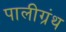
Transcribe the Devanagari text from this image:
पालीग्रंथ